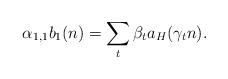
LaTeX: \begin{align*} \alpha_{1,1}b_1( n) = \sum_t \beta_{t}a_H(\gamma_{t} n) .\end{align*}